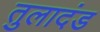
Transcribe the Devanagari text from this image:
तुलादंड